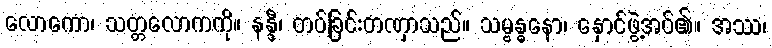
လောကော၊ သတ္တလောကကို။ နန္ဒီ၊ တပ်ခြင်းတဏှာသည်။ သမ္ဗန္ဓနော၊ နှောင်ဖွဲ့အပ်၏။ အဿ၊